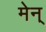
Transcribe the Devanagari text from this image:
मेन्